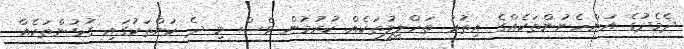
ދެމެދުގެ އަންހެނުންތަކެއްގެ އިތުރު ތަހްލީލުތަކެއް ކުރުމުން ވެސް މި ދެ ކަންތަކުގައި ގުޅުންތަކެއް